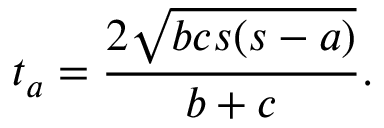
t _ { a } = { \frac { 2 { \sqrt { b c s ( s - a ) } } } { b + c } } .